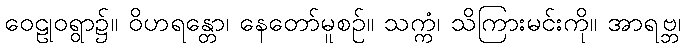
ဝေဠုဝရွာ၌။ ဝိဟရန္တော၊ နေတော်မူစဉ်။ သက္ကံ၊ သိကြားမင်းကို။ အာရဗ္ဘ၊